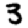
Digit: 3